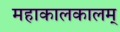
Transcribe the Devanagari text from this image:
महाकालकालम्